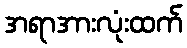
အရာအားလုံးထက်